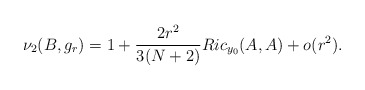
\begin{align*} \nu_2(B,g_r)= 1+\frac{2r^2}{3(N+2)}Ric_{y_0}(A,A) +o(r^2).\end{align*}